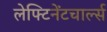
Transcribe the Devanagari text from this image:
लेफ्टिनेंटचार्ल्स